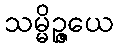
သမ္မိဉ္ဇယေ